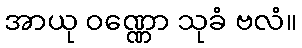
အာယု ဝဏ္ဏော သုခံ ဗလံ။